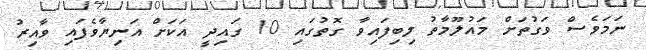
ނަމަވެސް ވަގުތަށް މައުލޫމާތު ލިބިފައިވާ ގޮތުގައި 10 ގައިދީ އަކަށް އަނިޔާވެފައި ވާއިރު